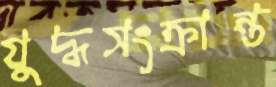
যুদ্ধসংক্রান্ত